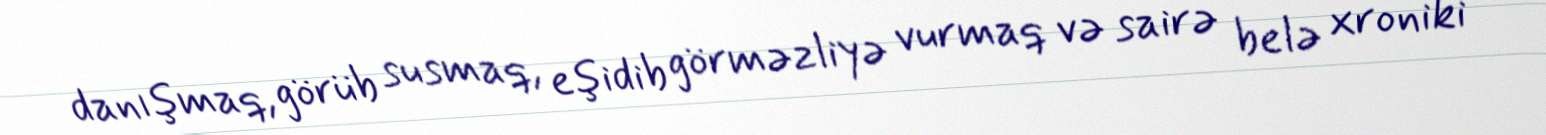
danışmaq, görüb susmaq, eşidib görməzliyə vurmaq və sairə belə xroniki